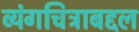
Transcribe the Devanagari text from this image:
व्यंगचित्राबद्दल